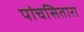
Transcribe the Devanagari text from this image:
पांचसितारा